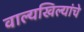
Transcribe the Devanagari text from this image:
वाल्यखिल्यांचे